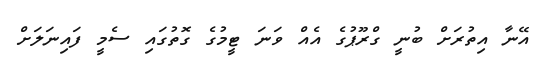
އޭނާ އިތުރަށް ބުނީ ގްރޫޕުގެ އެއް ވަނަ ޓީމުގެ ގޮތުގައި ސެމީ ފައިނަލަށް